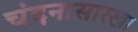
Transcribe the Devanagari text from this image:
चंदनासारखा